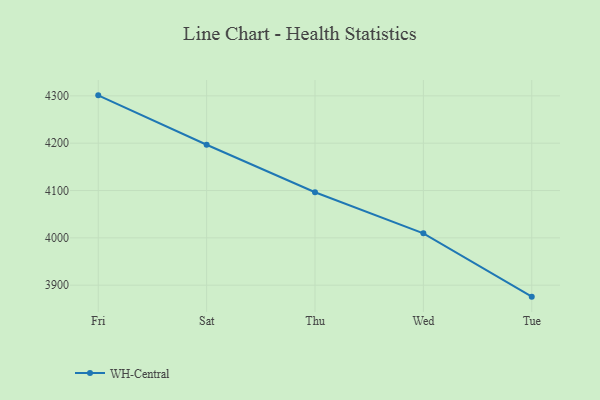
{"axis": {"x": "Day", "y": "Latency (ms)"}, "legend": ["WH-Central"], "data": [{"x": "Fri", "y": 4301.1, "type": "WH-Central"}, {"x": "Sat", "y": 4196.7, "type": "WH-Central"}, {"x": "Thu", "y": 4096.3, "type": "WH-Central"}, {"x": "Wed", "y": 4009.5, "type": "WH-Central"}, {"x": "Tue", "y": 3875.8, "type": "WH-Central"}]}